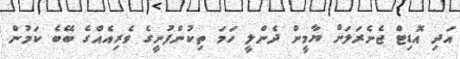
އަދި އޮޑިޓް ޖެނެރަލަށް ޔާމީން ދެންލީ ހަމަ ތިކުންފުނީގެ ވެރިއެއްގެ ބޭބެ ކަމުން